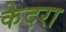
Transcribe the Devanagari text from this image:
केदरा